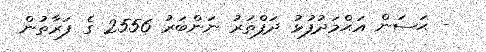
- ޙަސަން އަޙްމަދުފުޅު ދަފްތަރު ނަންބަރު 2556 ގެ ފަރާތުން